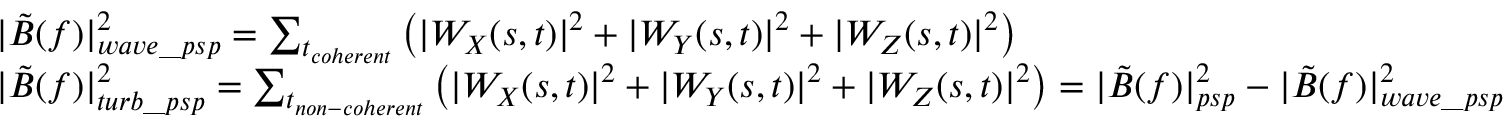
\begin{array} { r l } & { | \tilde { B } ( f ) | _ { w a v e \_ p s p } ^ { 2 } = \sum _ { t _ { c o h e r e n t } } \left( | W _ { X } ( s , t ) | ^ { 2 } + | W _ { Y } ( s , t ) | ^ { 2 } + | W _ { Z } ( s , t ) | ^ { 2 } \right) } \\ & { | \tilde { B } ( f ) | _ { t u r b \_ p s p } ^ { 2 } = \sum _ { t _ { n o n - c o h e r e n t } } \left( | W _ { X } ( s , t ) | ^ { 2 } + | W _ { Y } ( s , t ) | ^ { 2 } + | W _ { Z } ( s , t ) | ^ { 2 } \right) = | \tilde { B } ( f ) | _ { p s p } ^ { 2 } - | \tilde { B } ( f ) | _ { w a v e \_ p s p } ^ { 2 } } \end{array}